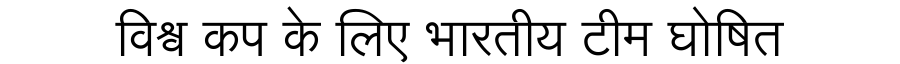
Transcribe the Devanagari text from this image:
विश्व कप के लिए भारतीय टीम घोषित